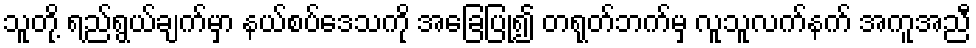
သူတို့ ရည်ရွယ်ချက်မှာ နယ်စပ်ဒေသကို အခြေပြု၍ တရုတ်ဘက်မှ လူသူလက်နက် အကူအညီ